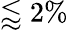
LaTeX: \lessapprox 2\%